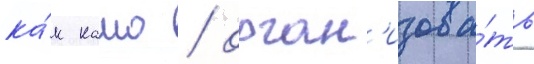
ка́к камо / орган'изова́ть